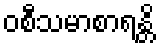
ဝစီသမာစာရန္တိ